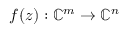
\boldsymbol { f } ( \boldsymbol { z } ) : \mathbb { C } ^ { m } \rightarrow \mathbb { C } ^ { n }